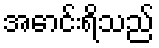
အောင်းရိသည်